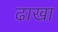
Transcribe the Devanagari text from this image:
ढाखा